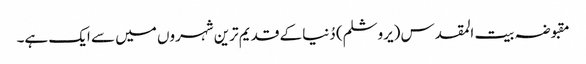
مقبوضہ بیت المقدس (یروشلم) دُنیا کے قدیم ترین شہروں میں سے ایک ہے۔